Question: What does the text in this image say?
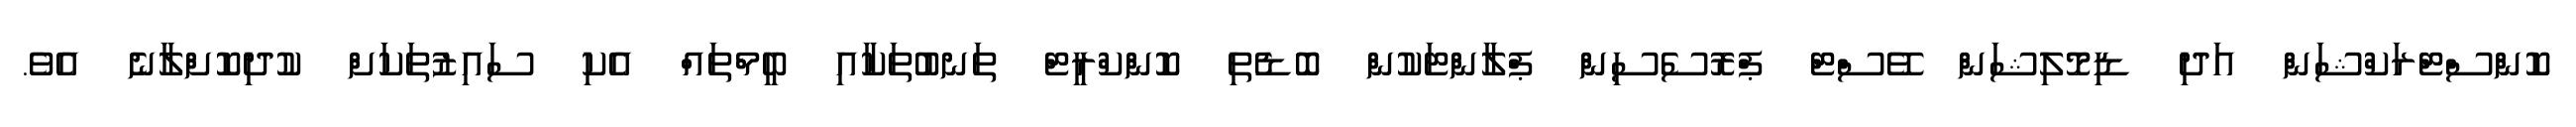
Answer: ކޮންސްޓްރަކްޝަން އަދި ޑިމޮލިޝަން ވޭސްޓް ޕްރޮސެސިން ޕްލާންޓަކުން ބޮޑެތި ކޮންކްރީޓް ތަނބުތަކާއި ބީމްތައް އެކި ސައިޒުތަކަށް ކުދިކޮށްލާނެ އެވެ.